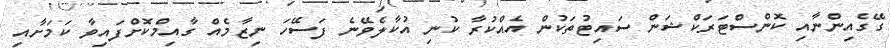
ގޭގެއިންނާއި ކޮންސްޓަރަކްޝަން ސައިޓުތަކުން އެއްކުރާ ކުނި އުކާލެވޭނެ ފަސޭހަ ނިޒާމެއް ގާއިމްކޮށްފައިވާ ކަމަށާއި